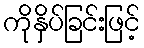
ကိုနှိပ်ခြင်းဖြင့်